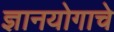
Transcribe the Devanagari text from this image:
ज्ञानयोगाचे